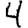
Digit: 4